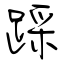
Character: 踩